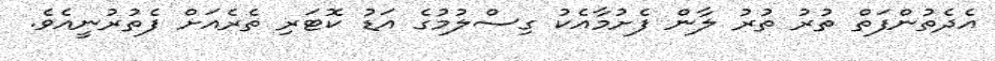
އެދެތުންފަތް ތުރު ތުރު ލާން ފެށުމާއެކު ގިސްލުމުގެ އަޑު ކޮޓަރި ތެރެއަށް ފެތުރުނީއެވެ.